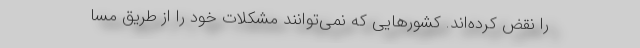
را نقض کرده‌اند. کشورهایی که نمی‌توانند مشکلات خود را از طریق مسا